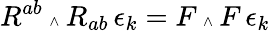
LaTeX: R^{ab}\mathrm{\tiny~\wedge~}R_{ab}\, \epsilon_{k}=F\mathrm{\tiny~\wedge~}F\, \epsilon_{k}